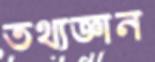
তথ্যজ্ঞান